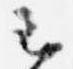
云